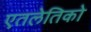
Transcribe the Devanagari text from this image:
एतलेतिको